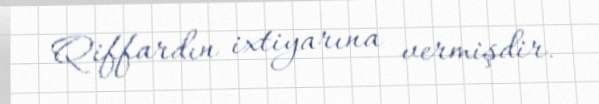
Qiffardın ixtiyarına vermişdir.